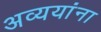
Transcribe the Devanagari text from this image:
अव्ययांना